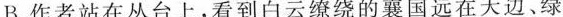
B.作者站在丛台上，看到白云缭绕的襄国远在天边、绿